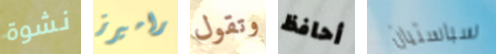
نشوة راميرز وتقول أحافظ سباستيان